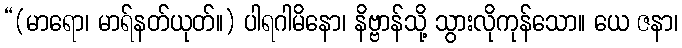
“(မာရော၊ မာရ်နတ်ယုတ်။) ပါရဂါမိနော၊ နိဗ္ဗာန်သို့ သွားလိုကုန်သော။ ယေ ဇနာ၊